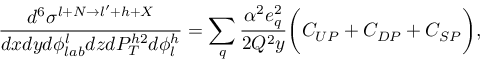
\frac { d ^ { 6 } \sigma ^ { l + N \rightarrow l ^ { \prime } + h + X } } { d x d y d \phi _ { l a b } ^ { l } d z d P _ { T } ^ { h 2 } d \phi _ { l } ^ { h } } = \sum _ { q } \frac { \alpha ^ { 2 } e _ { q } ^ { 2 } } { 2 Q ^ { 2 } y } \biggl ( C _ { U P } + C _ { D P } + C _ { S P } \biggr ) ,